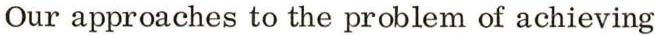
Our approaches to the problem of achieving